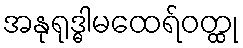
အနုရုဒ္ဓါမထေရ်ဝတ္ထု